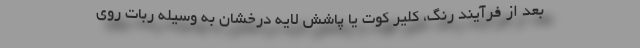
بعد از فرآیند رنگ، کلیر کوت یا پاشش لایه درخشان به وسیله ربات روی